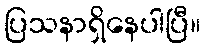
ပြသနာရှိနေပါပြီ။